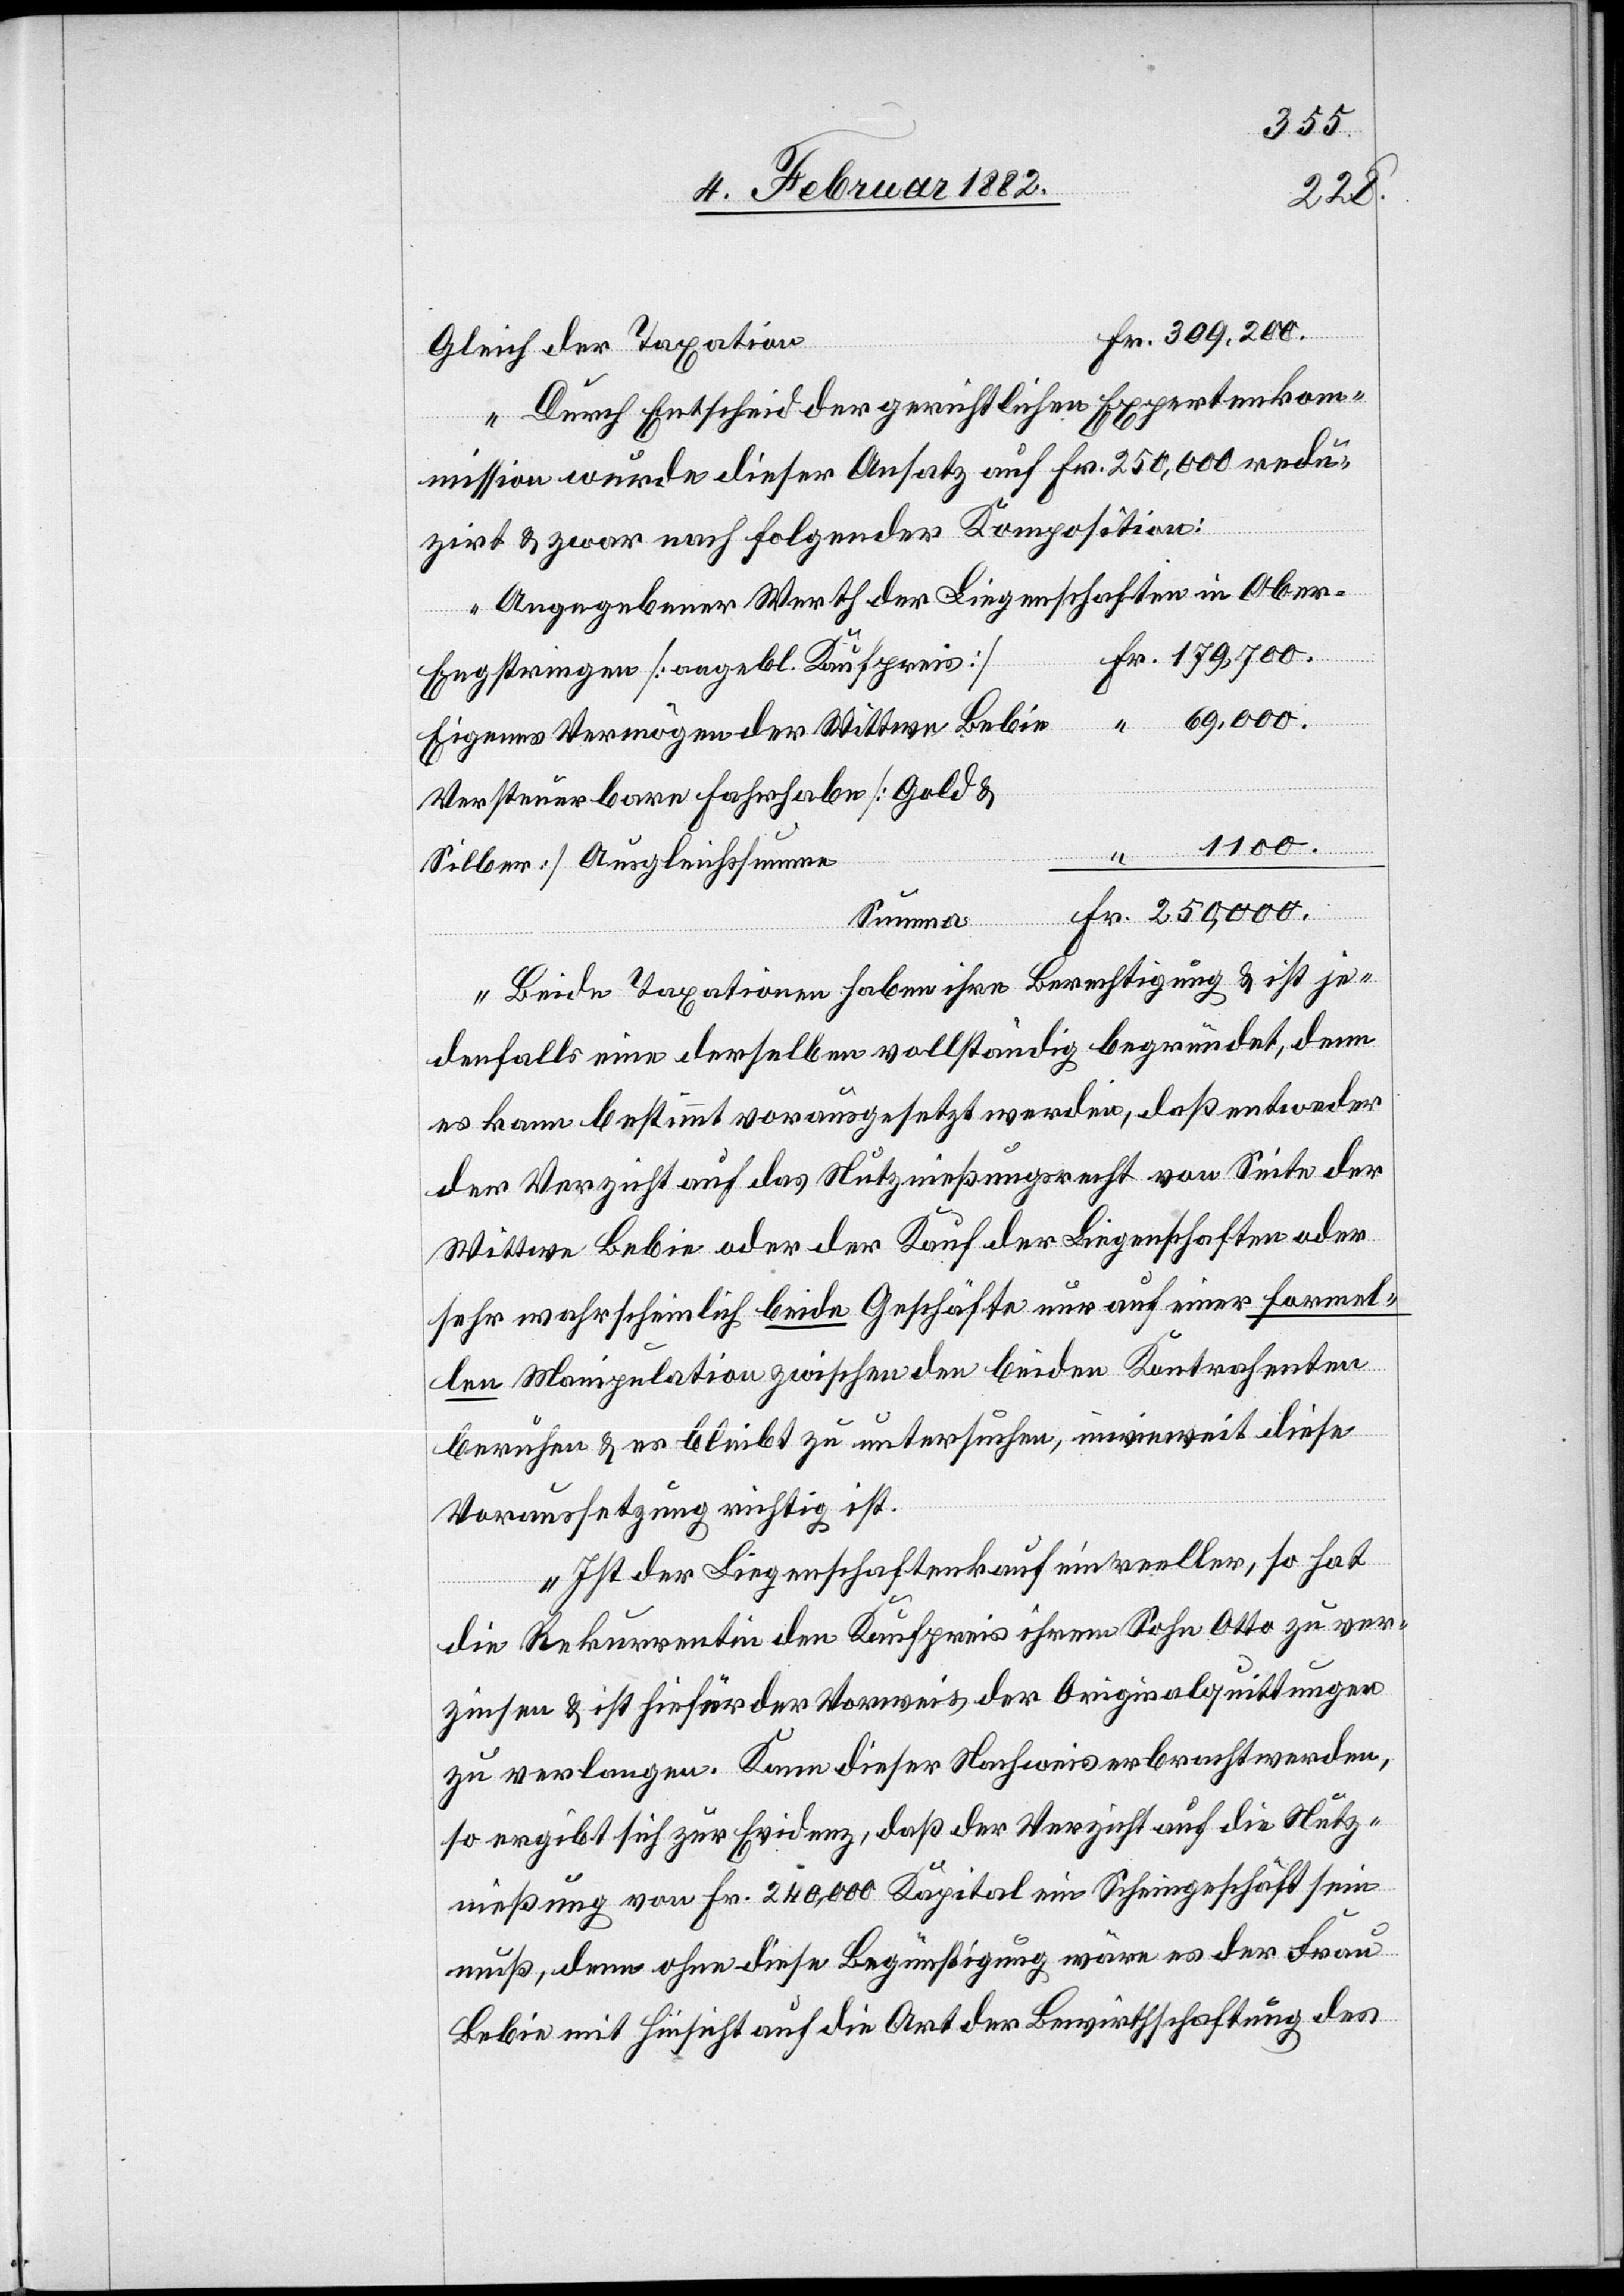
309.200.
Durch Entscheid der gerichtlichen Expertenko¬
mmission wurde dieser Ansatz auf Fr. 250,000 redu¬
zirt & zwar nach folgender Komposition:
Angegebener Werth der Liegenschaften in Ober-E¬
Fr. 179,700.
ngstringen [angebl. Kaufpreis]
“ 69,000.
Eigenes Vermögen der Wittwe Lebin
Versteuerbare Fahrhabe [Geld &
“ 1100.
Silber] Ausgleichssumme
Beide Taxationen haben ihre Berechtigung & ist je¬
denfalls eine derselben vollständig begründet, denn
es kann bestimmt vorausgesetzt werden, daß entweder
der Verzicht auf das Nutznießungsrecht von Seite der
Wittwe Lebin oder der Kauf der Liegenschaften oder
sehr wahrscheinlich beide Geschäfte nur auf einer formel¬
len Manipulation zwischen den beiden Kontrahenten
beruhen & es bleibt zu untersuchen, inwieweit diese
Voraussetzung richtig ist.
Ist der Liegenschaftenkauf ein reeler, so hat
die Rekurrentin den Kaufpreis ihrem Sohn Otto zu ver¬
zinsen & ist hierfür der Vorweis der Originalquittungen
zu verlangen. Kann dieser Nachweis erbracht werden,
so ergibt sich zur Evidenz, daß der Verzicht auf die Nutz¬
nießung von Fr. 240,000 Kapital ein Scheingeschäft sein
muß, denn ohne diese Begünstigung wäre es der Frau
Lebin mit Hinsicht auf die Art der Bewirthschaftung des